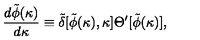
{ \frac { d \tilde { \phi } ( \kappa ) } { d \kappa } } \equiv \tilde { \delta } [ \tilde { \phi } ( \kappa ) , \kappa ] \Theta ^ { \prime } [ \tilde { \phi } ( \kappa ) ] ,